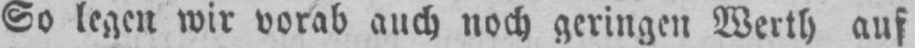
So legen wir vorab auch noch geringen Werth auf